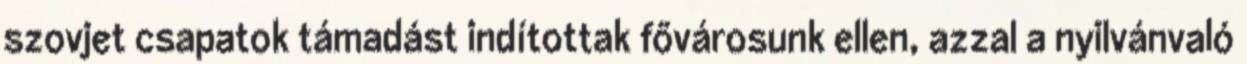
szovjet csapatok támadást indítottak fővárosunk ellen, azzal a nyilvánvaló